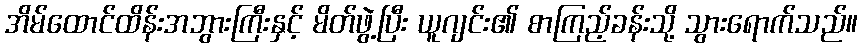
အိမ်ထောင်ထိန်းအဘွားကြီးနှင့် မိတ်ဖွဲ့ပြီး ယူဂျင်း၏ စာကြည့်ခန်းသို့ သွားရောက်သည်။